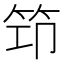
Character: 笻